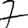
Digit: 7